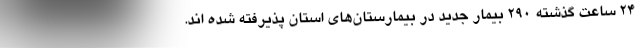
۲۴ ساعت گذشته ۲۹۰ بیمار جدید در بیمارستان‌های استان پذیرفته شده اند.